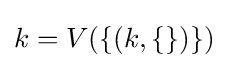
k=V(\{(k,\{\})\})